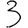
Digit: 3